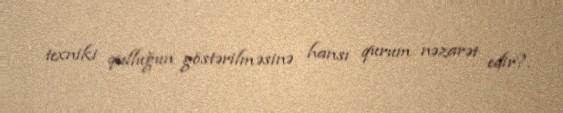
texniki qulluğun göstərilməsinə hansı qurum nəzarət edir?.